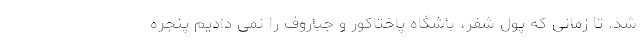
شد. تا زمانی که پول شفر، باشگاه پاختاکور و جباروف را نمی دادیم پنجره